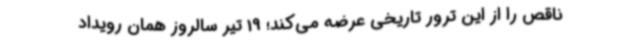
ناقص را از این ترور تاریخی عرضه می‌کند؛ 19 تیر سالروز همان رویداد